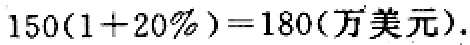
\(150(1 + 20\%) = 180(\text{万美元})\)